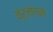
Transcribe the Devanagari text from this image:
व्रजांगना